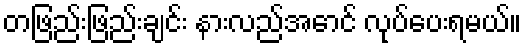
တဖြည်းဖြည်းချင်း နားလည်အောင် လုပ်ပေးရမယ်။